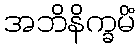
အဘိနိက္ခမိံ